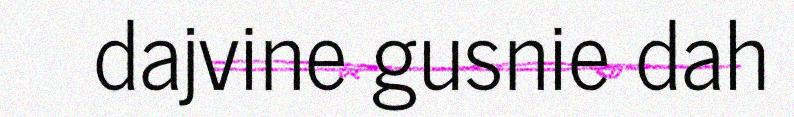
dajvine gusnie dah